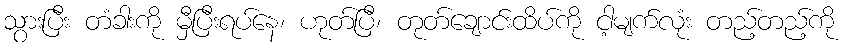
သွားပြီး တံခါးကို မှီပြီးရပ်နေ၊ ဟုတ်ပြီ၊ တုတ်ချောင်းထိပ်ကို ငါ့မျက်လုံး တည့်တည့်ကို